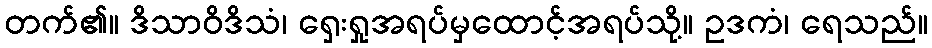
တက်၏။ ဒိသာဝိဒိသံ၊ ရှေးရှုအရပ်မှထောင့်အရပ်သို့။ ဥဒကံ၊ ရေသည်။